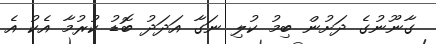
ގާނޫނުގެ ދަށުން ބިމު ކުލި ނަގާ އަދަދު ބޮޑު ކުރުމާ އެކު އެ